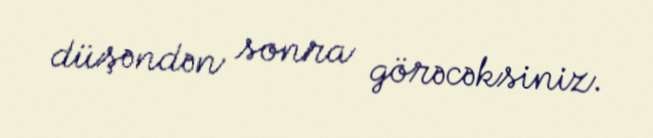
düşəndən sonra görəcəksiniz.